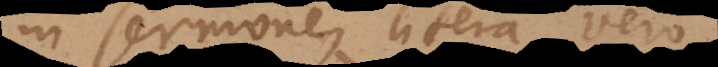
in sermone, litera vero